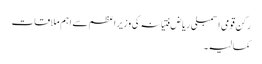
رکن قومی اسمبلی ریاض فتیانہ کی وزیراعظم سے اہم ملاقات
کمالیہ۔